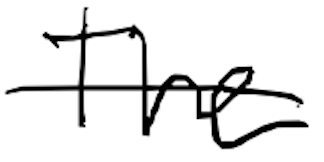
Text: The
Cross-out: single-line
Writing tool: digital_black